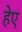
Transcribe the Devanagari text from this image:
हेए